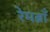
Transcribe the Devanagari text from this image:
रेमब्राँ